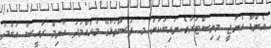
އެންޑް އެނާޖީ މިނިސްޓަރުގެ ނައިބަކަށް މ. ފުސްތުޅާގޭ މުހައްމަދު ހާނިމް ރައީސް އަބްދު